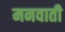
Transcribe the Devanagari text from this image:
मनवाती